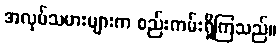
အလုပ်သမားများက စည်းကမ်းရှိကြသည်။